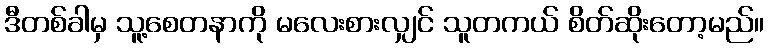
ဒီတစ်ခါမှ သူ့စေတနာကို မလေးစားလျှင် သူတကယ် စိတ်ဆိုးတော့မည်။